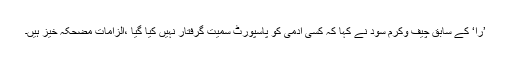
’را‘ کے سابق چیف وکرم سود نے کہا کہ کسی آدمی کو پاسپورٹ سمیت گرفتار نہیں کیا گیا ،الزامات مضحکہ خیز ہیں۔